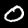
Digit: 0